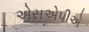
એસએપીએ